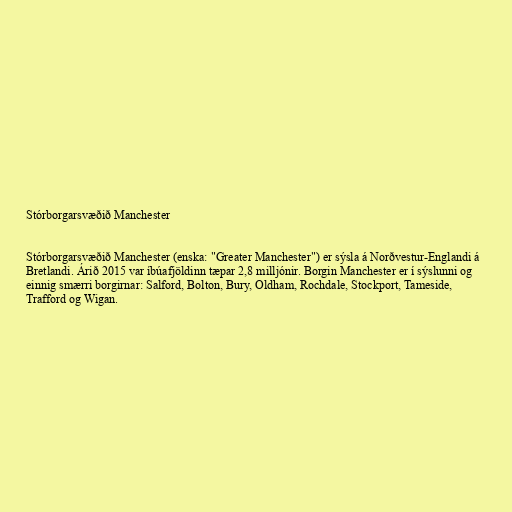
Stórborgarsvæðið Manchester

Stórborgarsvæðið Manchester (enska: "Greater Manchester") er sýsla á Norðvestur-Englandi á
Bretlandi. Árið 2015 var íbúafjöldinn tæpar 2,8 milljónir. Borgin Manchester er í sýslunni og
einnig smærri borgirnar: Salford, Bolton, Bury, Oldham, Rochdale, Stockport, Tameside,
Trafford og Wigan.